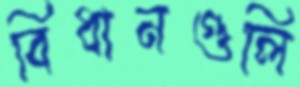
বিধানগুলি